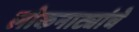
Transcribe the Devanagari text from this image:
लोकनाट्यांचे